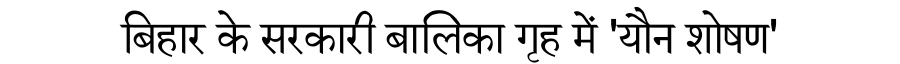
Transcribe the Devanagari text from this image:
बिहार के सरकारी बालिका गृह में 'यौन शोषण'